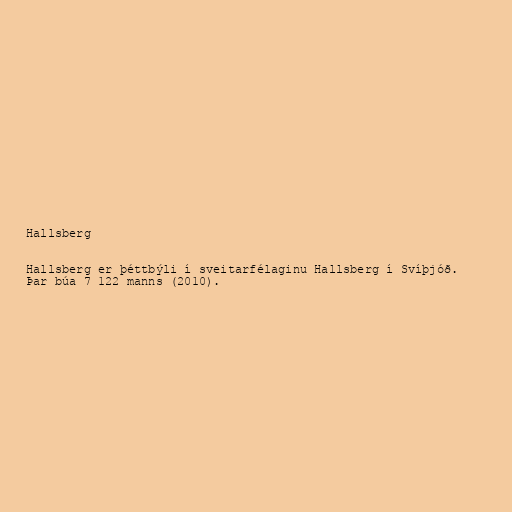
Hallsberg

Hallsberg er þéttbýli í sveitarfélaginu Hallsberg í Svíþjóð.
Þar búa 7 122 manns (2010).